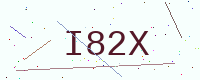
Text: I82X